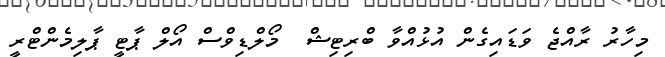
މިހާރު ރާއްޖެ ވަޑައިގެން އުޅުއްވާ ބްރިޓިޝް  މޯލްޑިވްސް އޯލް ޕާޓީ ޕާލިމެންޓްރީ